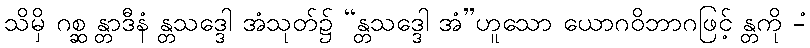
သိမှိ ဂစ္ဆ န္တာဒီနံ န္တသဒ္ဒေါ အံသုတ်၌ “န္တသဒ္ဒေါ အံ”ဟူသော ယောဂဝိဘာဂဖြင့် န္တကို -ံ